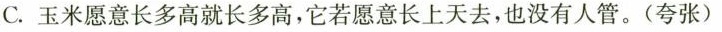
C.玉米愿意长多高就长多高，它若愿意长上天去，也没有人管。(夸张)